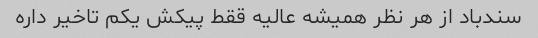
سندباد از هر نظر همیشه عالیه ققط پیکش یکم تاخیر داره